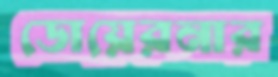
ডোয়েরনার